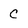
Character: C